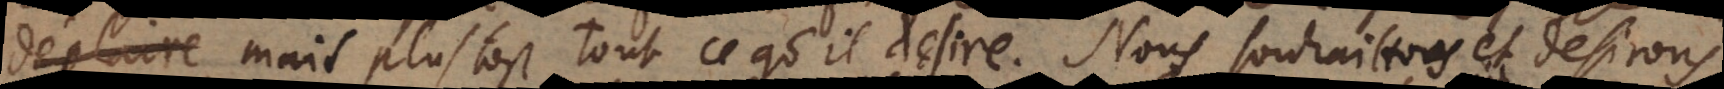
plustost tout ce qu’il desire. Nous souhaittons et desirons